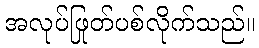
အလုပ်ဖြုတ်ပစ်လိုက်သည်။